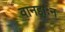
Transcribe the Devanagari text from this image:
वानहाःन